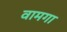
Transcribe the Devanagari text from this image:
वामगा